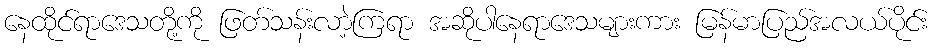
နေထိုင်ရာဒေသတို့ကို ဖြတ်သန်းလာဲ့ကြရာ အဆိုပါနေရာဒေသများကား မြန်မာပြည်အလယ်ပိုင်း